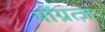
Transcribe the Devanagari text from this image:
पोंग्रत्ज़